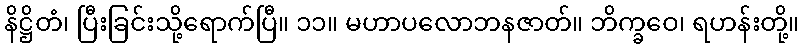
နိဋ္ဌိတံ၊ ပြီးခြင်းသို့ရောက်ပြီ။ ၁၁။ မဟာပလောဘနဇာတ်။ ဘိက္ခဝေ၊ ရဟန်းတို့။